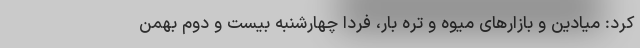
کرد: میادین و بازارهای میوه و تره بار، فردا چهارشنبه بیست و دوم بهمن